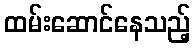
ထမ်းဆောင်နေသည့်